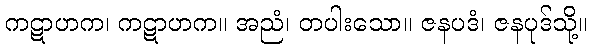
ကဋာဟက၊ ကဋာဟက။ အညံ၊ တပါးသော။ ဇနပဒံ၊ ဇနပုဒ်သို့။